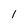
Character: I